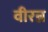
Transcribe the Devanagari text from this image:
वीरन्न